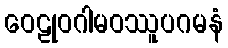
ဝေဠုဝဂါမဝဿူပဂမနံ